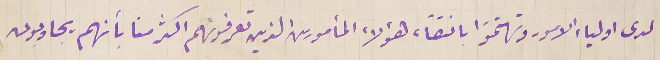
لدى اولياء الامور وتهتمَوا بانتقاء هؤلاء المأمورين الذين تعرفونهم اكثر منا بأنهم يجاوبون